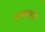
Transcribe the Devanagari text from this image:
आकारांशी